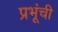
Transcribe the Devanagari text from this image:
प्रभूंची